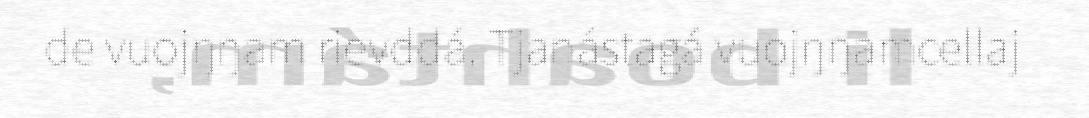
de vuojŋŋam rievddá. Tjanástagá vuojŋŋamcellaj